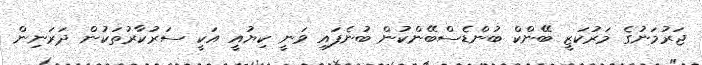
ޖަރުމަނުގެ މަރުކަޒީ ބޭންކް ބުންޑެސްބޭންކުން ބުނެފައި ވަނީ ކިޔުއީ އަކީ ސަރުކާރުތަކުން ދަރަނިން